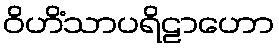
ဝိဟိံသာပရိဠာဟော